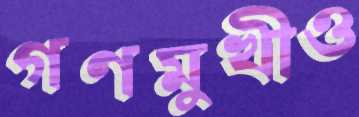
গণমুখীও